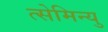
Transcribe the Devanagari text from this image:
त्सेमिन्यु